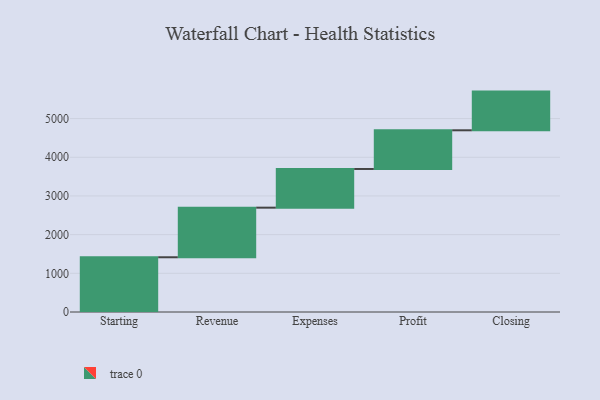
{"axis": {"x": "Step", "y": "Value"}, "legend": [""], "data": [{"x": "Starting", "y": 1415.0, "type": ""}, {"x": "Revenue", "y": 1282.0, "type": ""}, {"x": "Expenses", "y": 1000, "type": ""}, {"x": "Profit", "y": 1000, "type": ""}, {"x": "Closing", "y": 1000, "type": ""}]}